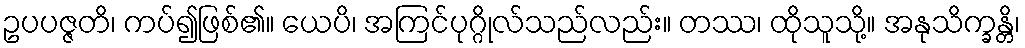
ဥပပဇ္ဇတိ၊ ကပ်၍ဖြစ်၏။ ယေပိ၊ အကြင်ပုဂ္ဂိုလ်သည်လည်း။ တဿ၊ ထိုသူသို့။ အနုသိက္ခန္တိ၊